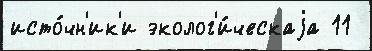
исто́чн'ик'и эколог'и́ческаjа 11